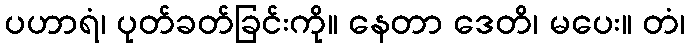
ပဟာရံ၊ ပုတ်ခတ်ခြင်းကို။ နေတာ ဒေတိ၊ မပေး။ တံ၊